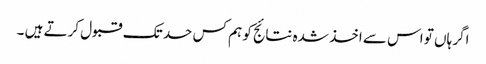
اگر ہاں تو اس سے اخذ شدہ نتائج کو ہم کس حد تک قبول کرتے ہیں ۔